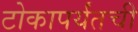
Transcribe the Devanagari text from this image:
टोकापर्यंतची